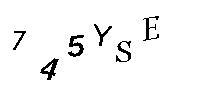
745YSE